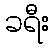
ခရီး